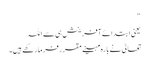
“
یعنی ابتدائے آفرینش ہی سے اللہ
تعالیٰ نے بارہ مہینے مقرر فرما رکھے ہیں۔